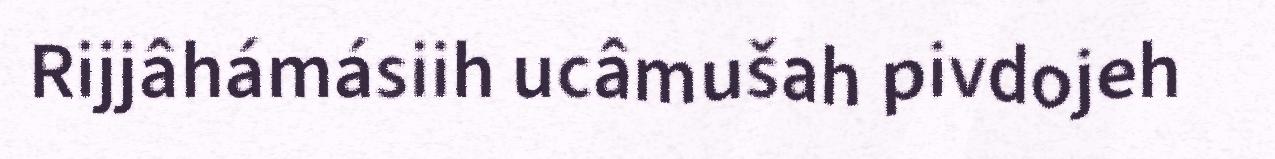
Rijjâhámásiih ucâmušah pivdojeh